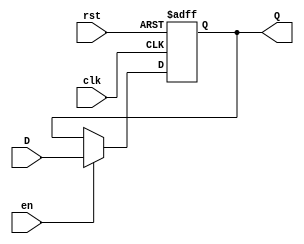
`timescale 1ns / 1ps
//////////////////////////////////////////////////////////////////////////////////
// Company: 
// Engineer: 
// 
// Design Name: 
// Module Name: twodreg
// Project Name: 
// Target Devices: 
// Tool Versions: 
// Description: 
// 
// Dependencies: 
// 
// Revision:
// Revision 0.01 - File Created
// Additional Comments:
// 
//////////////////////////////////////////////////////////////////////////////////


module twodreg( input [1:0] D,
	input clk, en, rst,
	output reg [1:0] Q
    );

always@(posedge clk, posedge rst) begin
	if (rst) Q<=2'b00;
	else if (en) Q<=D;
	else Q<=Q;
end

endmodule